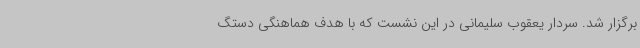
برگزار شد. سردار یعقوب سلیمانی در این نشست که با هدف هماهنگی دستگ